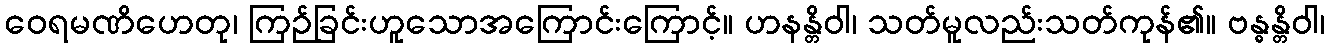
ဝေရမဏိဟေတု၊ ကြဉ်ခြင်းဟူသောအကြောင်းကြောင့်။ ဟနန္တိဝါ၊ သတ်မူလည်းသတ်ကုန်၏။ ဗန္ဓန္တိဝါ၊